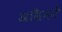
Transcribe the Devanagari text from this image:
असिनने